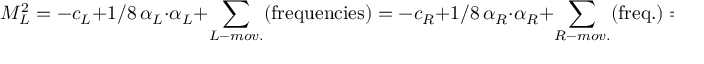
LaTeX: M _ { L } ^ { 2 } = - c _ { L } + 1 / 8 \, \alpha _ { L } \cdot \alpha _ { L } + \sum _ { L - m o v . } ( \mathrm { f r e q u e n c i e s } ) = - c _ { R } + 1 / 8 \, \alpha _ { R } \cdot \alpha _ { R } + \sum _ { R - m o v . } ( \mathrm { f r e q . } ) = M _ { R } ^ { 2 } \, .